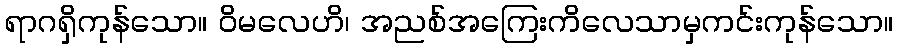
ရာဂရှိကုန်သော။ ဝိမလေဟိ၊ အညစ်အကြေးကိလေသာမှကင်းကုန်သော။